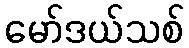
မော်ဒယ်သစ်